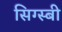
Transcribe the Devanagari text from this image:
सिग्स्बी